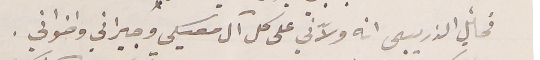
مخأيل الذربيي انه ولاّني على كل آل معيكي وجيراني واخواني .